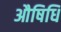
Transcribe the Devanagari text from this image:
औषिधि